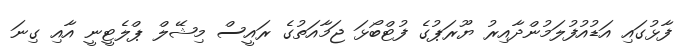
ފާޅުގައި އަޑުއުފުލަމުންދާއިރު ޔޫރަޕުގެ ފުޓްބޯޅަ ޖަމާއަތުގެ ރައީސް މިޝޭލް ޕްލެޓީނީ އާއި ގިނަ